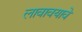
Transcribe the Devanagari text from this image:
लावावयावे